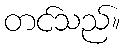
တင်သည်။